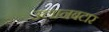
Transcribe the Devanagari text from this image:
उलानबटार